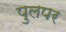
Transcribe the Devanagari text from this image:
पुलपर